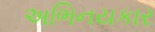
અભિનયકાર